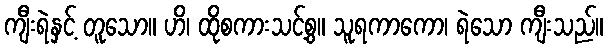
ကျီးရဲနှင့် တူသော။ ဟိ၊ ထိုစကားသင့်စွ။ သူရကာကော၊ ရဲသော ကျီးသည်။